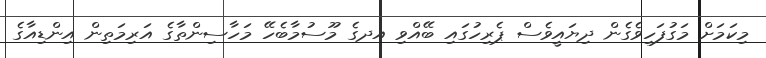
މިކަމަށް މަގުފަހިވެގެން ދިޔައީވެސް ޕެރިހުގައި ބޭއްވި އދގެ މޫސުމާބެހޭ މަހާސިންތާގެ އަރިމަތިން އިންޑިއާގެ